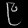
Digit: ၉